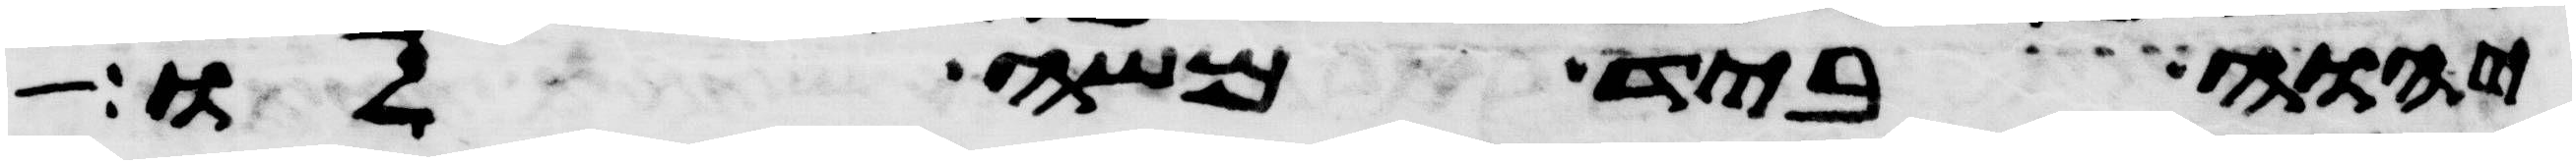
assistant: יהוה ביד משה לו